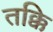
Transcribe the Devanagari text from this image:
तक्कि